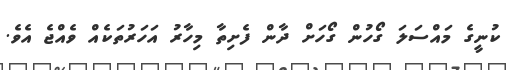
ކުނީގެ މައްސަލަ ގޯހުން ގޯހަށް ދާން ފެށިތާ މިހާރު އަހަރުތަކެއް ވެއްޖެ އެވެ.